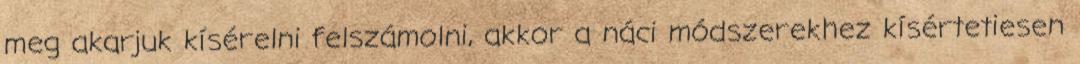
meg akarjuk kísérelni felszámolni, akkor a náci módszerekhez kísértetiesen